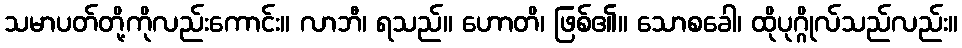
သမာပတ်တို့ကိုလည်းကောင်း။ လာဘီ၊ ရသည်။ ဟောတိ၊ ဖြစ်၏။ သောစခေါ၊ ထိုပုဂ္ဂိုလ်သည်လည်း။